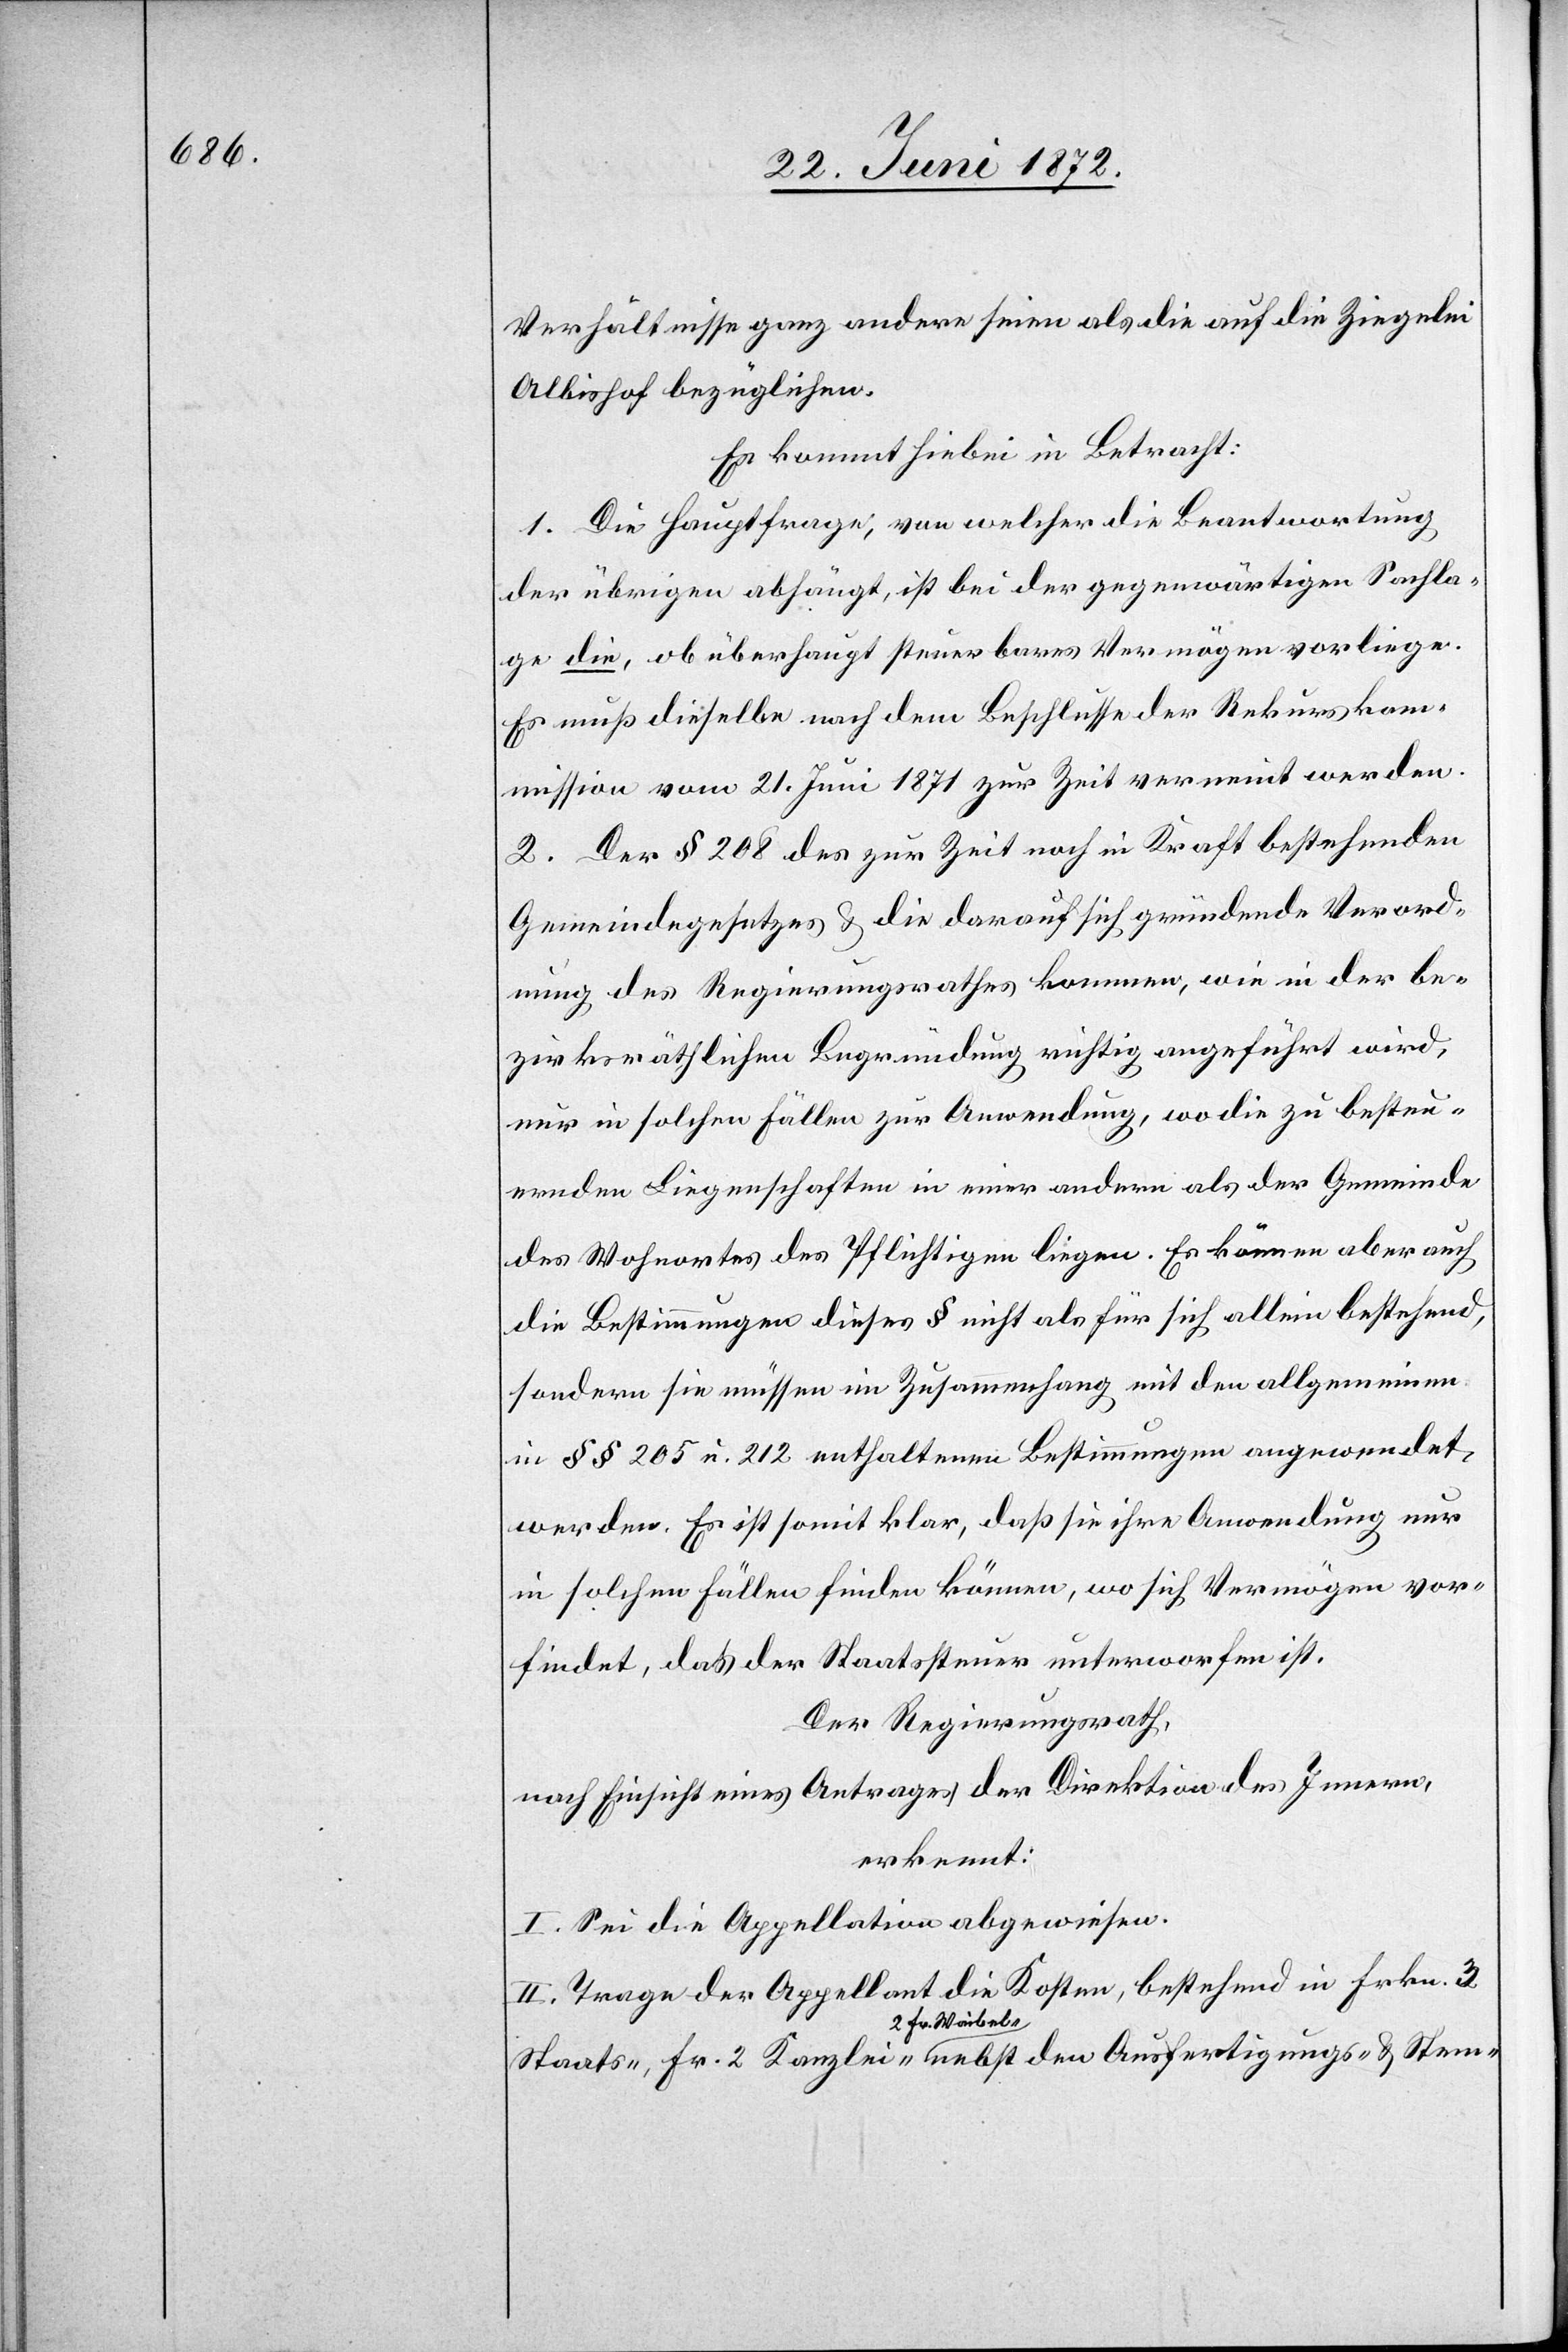
u.
Verhältnisse ganz andere seien als die auf die Ziegelei
Albishof bezüglichen.
Es kommt hiebei in Betracht:
1. Die Hauptfrage, von welcher die Beantwortung
der übrigen abhängt, ist bei der gegenwärtigen Sachla¬
ge die, ob überhaupt steuerbares Vermögen vorliege.
Es muß dieselbe nach dem Beschlusse der Rekurskom¬
mission vom 21. Juni 1871 zur Zeit verneint werden.
2. Der § 208 des zur Zeit noch in Kraft bestehenden
Gemeindegesetzes u. die darauf sich gründende Verord¬
nung des Regierungsrathes kommen, wie in der be¬
zirksräthlichen Begründung richtig angeführt wird,
nur in solchen Fällen zur Anwendung, wo die zu besteu¬
ernden Liegenschaften in einer andern als der Gemeinde
des Wohnortes des Pflichtigen liegen. Es können aber auch
die Bestimmungen dieses § nicht als für sich allein bestehend,
sondern sie müssen im Zusammenhang mit den allgemeinen
in §§ 205 u. 212 enthaltenen Bestimmungen angewendet
werden. Es ist somit klar, daß sie ihre Anwendung nur
in solchen Fällen finden können, wo sich Vermögen vor¬
findet, daß der Staatssteuer unterworfen ist.
Der Regierungsrath,
nach Einsicht eines Antrages der Direktion des Innern,
erkennt:
I. Sei die Appellation abgewiesen.
II. Trage Appellant die Kosten, bestehend in Frkn. 3
2 Fr. Waibel-